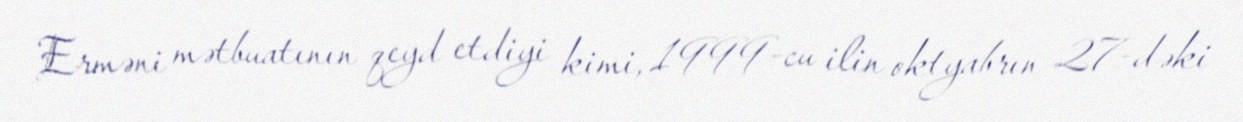
Erməni mətbuatının qeyd etdiyi kimi, 1999-cu ilin oktyabrın 27-dəki